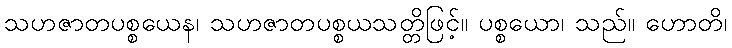
သဟဇာတပစ္စယေန၊ သဟဇာတပစ္စယသတ္တိဖြင့်။ ပစ္စယော၊ သည်။ ဟောတိ၊